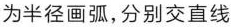
为半径画弧，分别交直线